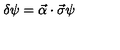
\delta \psi = \vec { \alpha } \cdot \vec { \sigma } \psi